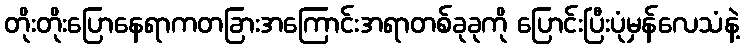
တိုးတိုးပြောနေရာကတခြားအကြောင်းအရာတစ်ခုခုကို ပြောင်းပြီးပုံမှန်လေသံနဲ့